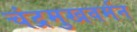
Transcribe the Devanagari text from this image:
चंद्रमुखवर्मन